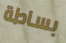
بساطة